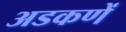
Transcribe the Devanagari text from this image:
अडकणें